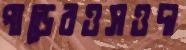
পাড়েরওসওদা